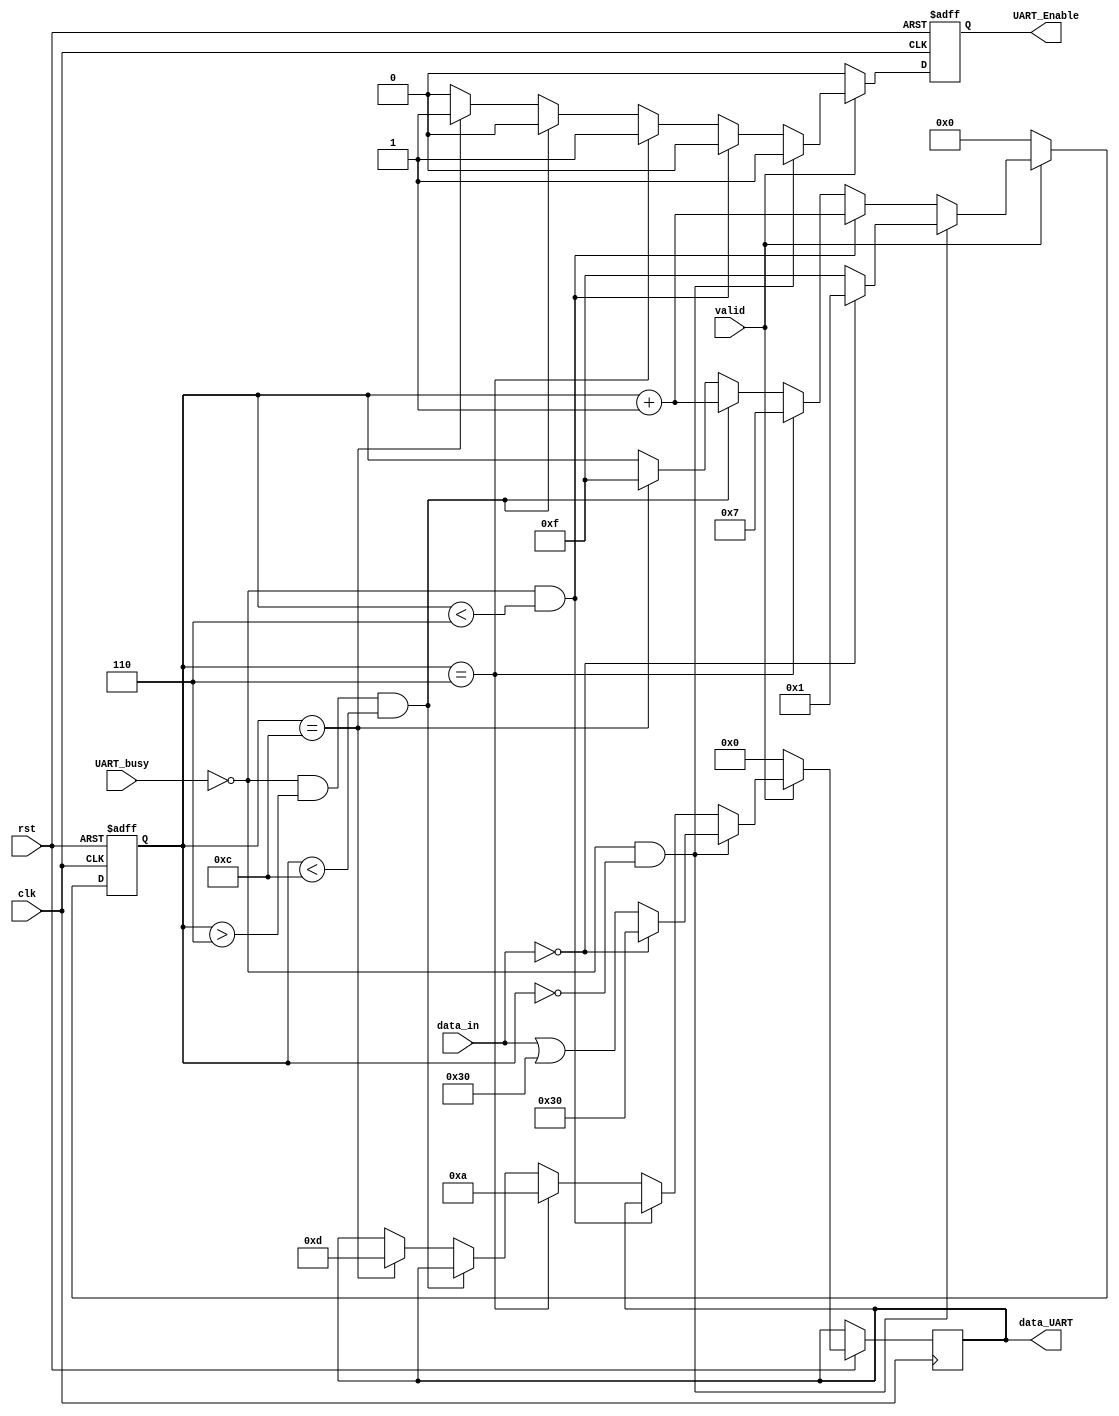
module UART_format_hanoi(
	input clk,
	input rst,
	input UART_busy,
	input valid,
	input [7:0] data_in,
	
	output [7:0] data_UART,
	output UART_Enable

);

	reg UART_EnReg;
	reg [3:0] wait_new_data;
	reg [7:0] data_UART_reg;				  	
	
	assign UART_Enable = UART_EnReg;
	assign data_UART = data_UART_reg;
	
	
	always @(posedge clk or negedge rst) begin //POUT instructions must be separate one from another
		if (~rst) begin
			UART_EnReg <= 1'h0;
			wait_new_data <= 4'h0;
		end else begin
			if (valid) begin
				if ((~UART_busy) && (wait_new_data == 4'h0)) begin
					if (data_in == 8'h0) begin
						wait_new_data <= 4'h1;
						data_UART_reg <= 8'h30; 							//Start a new line if data in == 0 and Valid == 1
					end else begin
						wait_new_data <= 4'hf;
						data_UART_reg <= (data_in | 8'h30); 		//Support only for 9 disks if data in =!0 and Valid == 1
					end
					UART_EnReg <= 1'h1;
				end else if ((~UART_busy) && (wait_new_data < 4'h6)) begin
					wait_new_data <= wait_new_data + 1'h1;
					UART_EnReg <= 1'h0;
				end else if (wait_new_data == 4'h6) begin
					data_UART_reg <= 8'hA;
					UART_EnReg <= 1'h1;
					wait_new_data <= 4'h7;
				end else if ((~UART_busy) && (wait_new_data > 4'h6) && (wait_new_data < 4'hC)) begin
					wait_new_data <= wait_new_data + 1'h1;
					UART_EnReg <= 1'h0;
				end else if (wait_new_data == 4'hC) begin
					data_UART_reg <= 8'hD;
					UART_EnReg <= 1'h1;
					wait_new_data <= 4'hf;
				end else begin
					UART_EnReg <= 1'h0;
				end
			end else begin
				UART_EnReg <= 1'h0;
				data_UART_reg <= 8'h0;
				wait_new_data <= 4'h0; //Null Char if Valid == 0
			end
		end
	end
	
	
endmodule